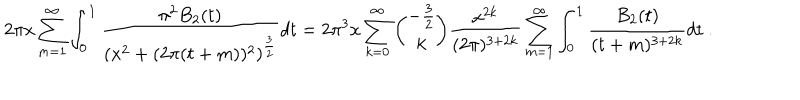
LaTeX: 2 \pi x \sum _ { m = 1 } ^ { \infty } \int _ { 0 } ^ { 1 } { \frac { \pi ^ { 2 } B _ { 2 } ( t ) } { ( x ^ { 2 } + ( 2 \pi ( t + m ) ) ^ { 2 } ) ^ { { \frac { 3 } { 2 } } } } } d t = 2 \pi ^ { 3 } x \sum _ { k = 0 } ^ { \infty } { \binom { - { \frac { 3 } { 2 } } } { k } } { \frac { x ^ { 2 k } } { ( 2 \pi ) ^ { 3 + 2 k } } } \sum _ { m = 1 } ^ { \infty } \int _ { 0 } ^ { 1 } { \frac { B _ { 2 } ( t ) } { ( t + m ) ^ { 3 + 2 k } } } d t \ .